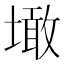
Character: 𡑒